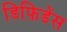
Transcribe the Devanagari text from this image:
डिफ़िडेंस